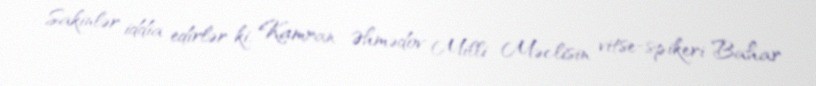
Sakinlər iddia edirlər ki, Kamran Əhmədov Milli Məclisin vitse-spikeri Bahar